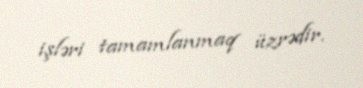
işləri tamamlanmaq üzrədir.